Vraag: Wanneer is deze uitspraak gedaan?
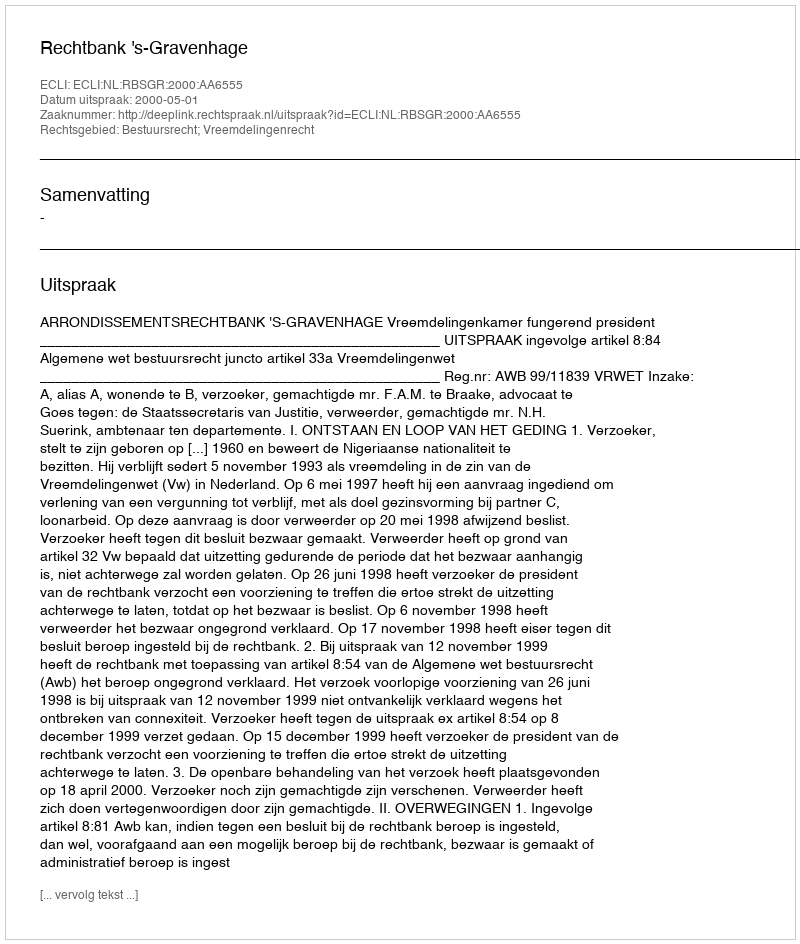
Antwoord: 2000-05-01